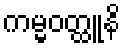
ကမ္မဝတ္ထူနိ